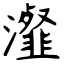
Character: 瀣